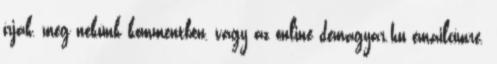
írják, meg nekünk kommentben, vagy az online demagyar.hu emailcímre.